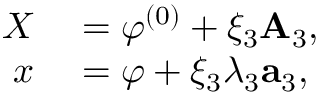
\begin{array} { r l } { \boldsymbol { X } } & { { } = \boldsymbol { \varphi } ^ { ( 0 ) } + \xi _ { 3 } { \bf { A } } _ { 3 } , } \\ { \boldsymbol { x } } & { { } = \boldsymbol { \varphi } + \xi _ { 3 } \lambda _ { 3 } { \bf { a } } _ { 3 } , } \end{array}